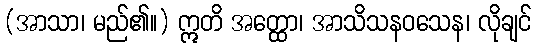
(အာသာ၊ မည်၏။) ဣတိ အတ္ထော၊ အာသိသနဝသေန၊ လိုချင်